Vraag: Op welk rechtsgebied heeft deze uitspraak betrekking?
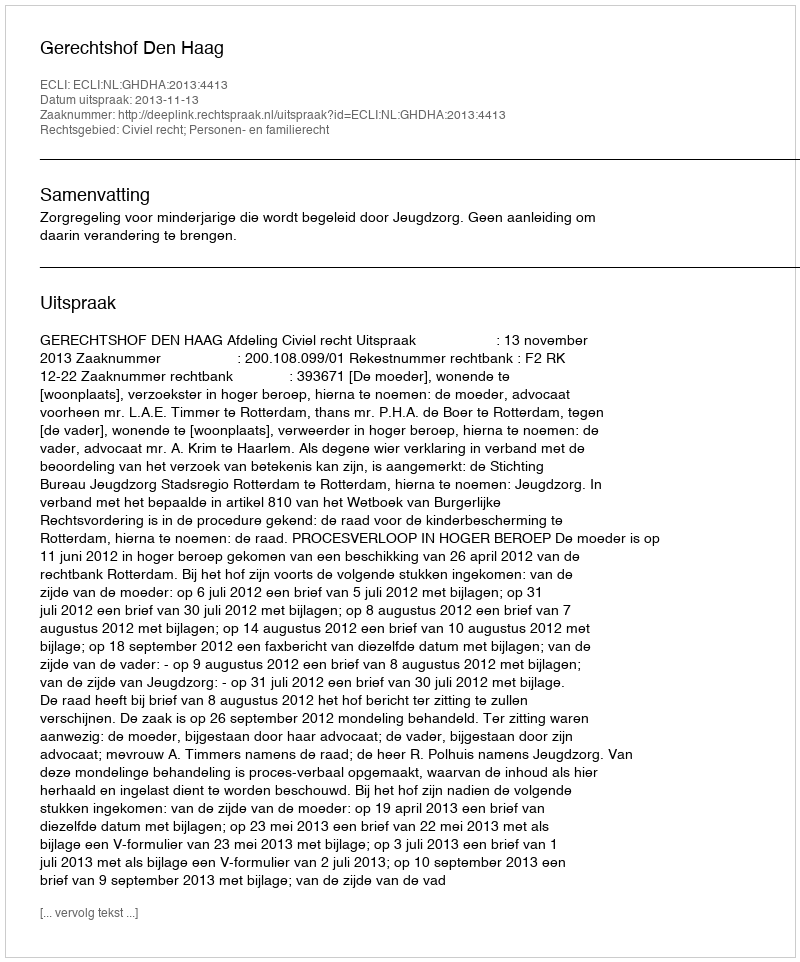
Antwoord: Civiel recht; Personen- en familierecht